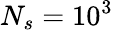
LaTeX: N_{s}=10^{3}